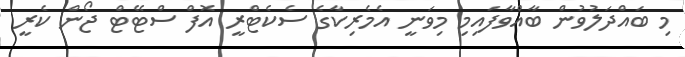
މި ބައްދަލުވުން ބާއްވާފައިމި މިވަނީ އެމެރިކާގެ ސެކެޓްރީ އޮފް ސްޓޭޓް ޖޯން ކެރީ